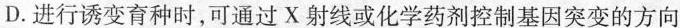
D.进行诱变育种时，可通过X射线或化学药剂控制基因突变的方向